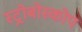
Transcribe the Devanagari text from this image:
स्ट्रोबोस्कोप